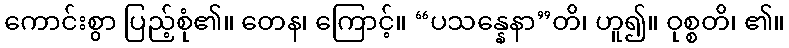
ကောင်းစွာ ပြည့်စုံ၏။ တေန၊ ကြောင့်။ “ပသန္နေနာ”တိ၊ ဟူ၍။ ဝုစ္စတိ၊ ၏။